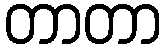
တာတာ